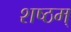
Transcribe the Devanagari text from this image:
शष्ठम्